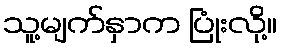
သူ့မျက်နှာက ပြုံးလို့။